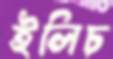
ইলিচ